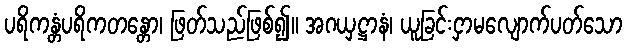
ပရိကန္တံပရိကတန္တော၊ ဖြတ်သည်ဖြစ်၍။ အဂယှဋ္ဌာနံ၊ ယူခြင်းငှာမလျောက်ပတ်သော